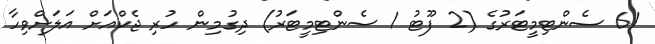
61 ސެންޓިމީޓަރުގެ (2 ފޫޓު 1 ސެންޓިމީޓަރު) ދިގުމިން ހުރި ޖެކްއަށް އަލަށްވިހާ